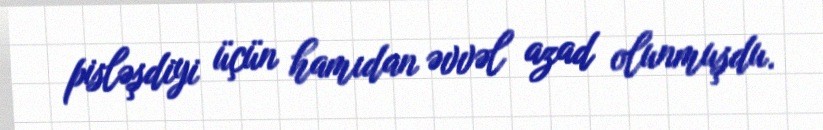
pisləşdiyi üçün hamıdan əvvəl azad olunmuşdu.